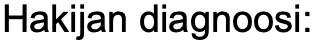
Hakijan diagnoosi: